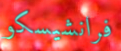
فرانشيسكو